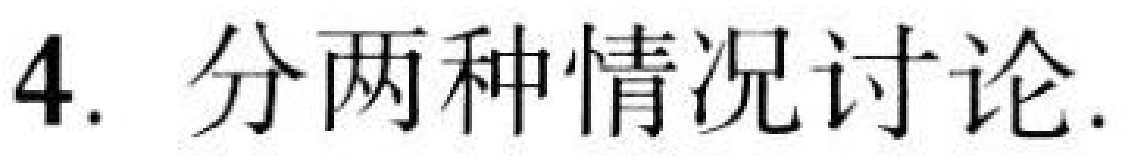
4. 分两种情况讨论.